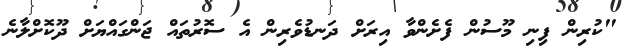
"ކުރިން ފިނި މޫސުން ފެށެންވާ އިރަށް ދަނޑުވެރިން އެ ސޮރުތައް ޖަންގައްޔަށް ދޫކޮށްލާނެ